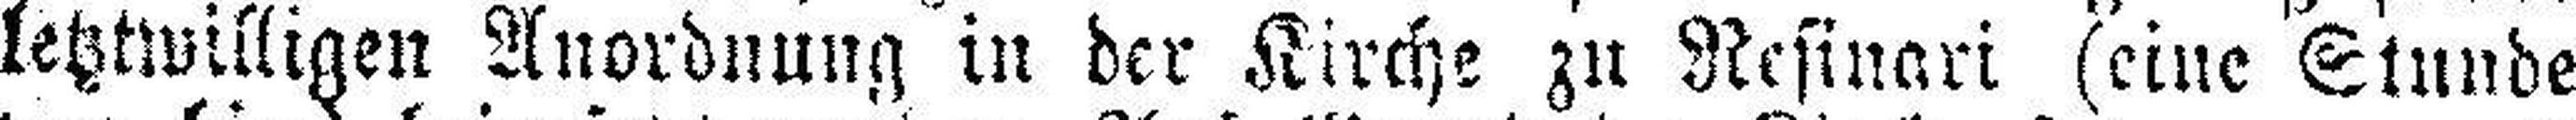
letztwilligen Anordnung in der Kirche zu Resinari (eine Stunde